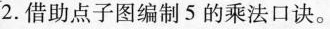
2.借助点子图编制5的乘法口诀。